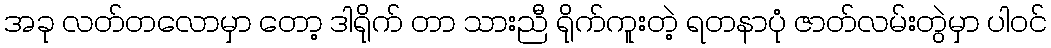
အခု လတ်တလောမှာ တော့ ဒါရိုက် တာ သားညီ ရိုက်ကူးတဲ့ ရတနာပုံ ဇာတ်လမ်းတွဲမှာ ပါဝင်